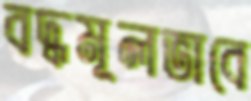
বদ্ধমূলভাবে